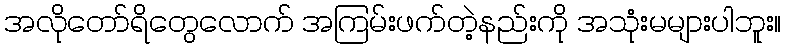
အလိုတော်ရိတွေလောက် အကြမ်းဖက်တဲ့နည်းကို အသုံးမများပါဘူး။